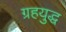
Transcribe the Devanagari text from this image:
ग्रहयुद्ध